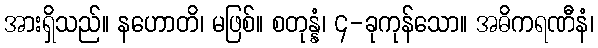
အားရှိသည်။ နဟောတိ၊ မဖြစ်။ စတုန္နံ၊ ၄-ခုကုန်သော။ အဓိကရဏီနံ၊